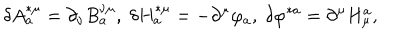
\delta A _ { a } ^ { * \mu } = \partial _ { \nu } B _ { a } ^ { \nu \mu } , \; \delta H _ { a } ^ { * \mu } = - \partial ^ { \mu } \varphi _ { a } , \; \delta \varphi ^ { * a } = \partial ^ { \mu } H _ { \mu } ^ { a } ,